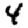
Digit: 4